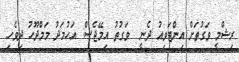
ރިޝްމީ ވަގުތަށް އިންޓަވިއު ދެނީ  ވަގުތު އިމޭޖެސް: އަހުމަދު މަމްދޫހު ދިވެހި